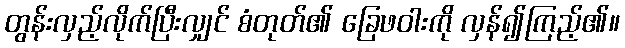
တွန်းလှည့်လိုက်ပြီးလျှင် စံတုတ်၏ ခြေဖဝါးကို လှန်၍ကြည့်၏။